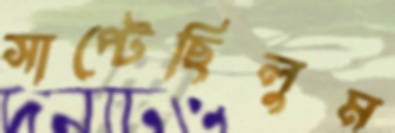
সাপ্‌টেছিলুম